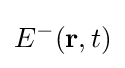
E^{-}(\mathbf {r} ,t)